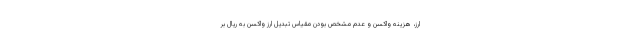
ارز، هزینه واکسن و عدم مشخص بودن مقیاس تبدیل ارز واکسن به ریال بر